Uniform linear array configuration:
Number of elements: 48
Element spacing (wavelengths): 0.5
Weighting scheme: binomial
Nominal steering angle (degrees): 0
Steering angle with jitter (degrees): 0.3195
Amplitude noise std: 0.05
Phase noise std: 0.05

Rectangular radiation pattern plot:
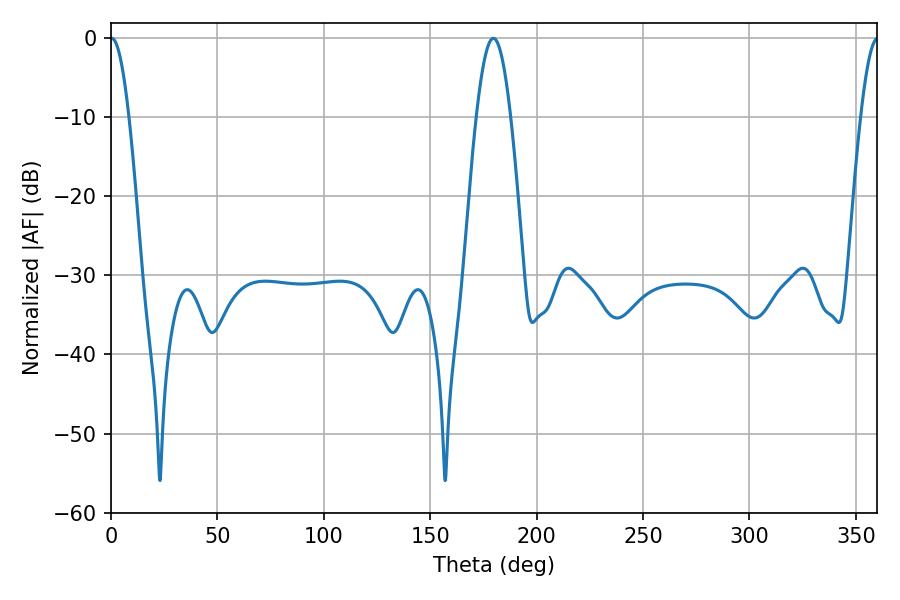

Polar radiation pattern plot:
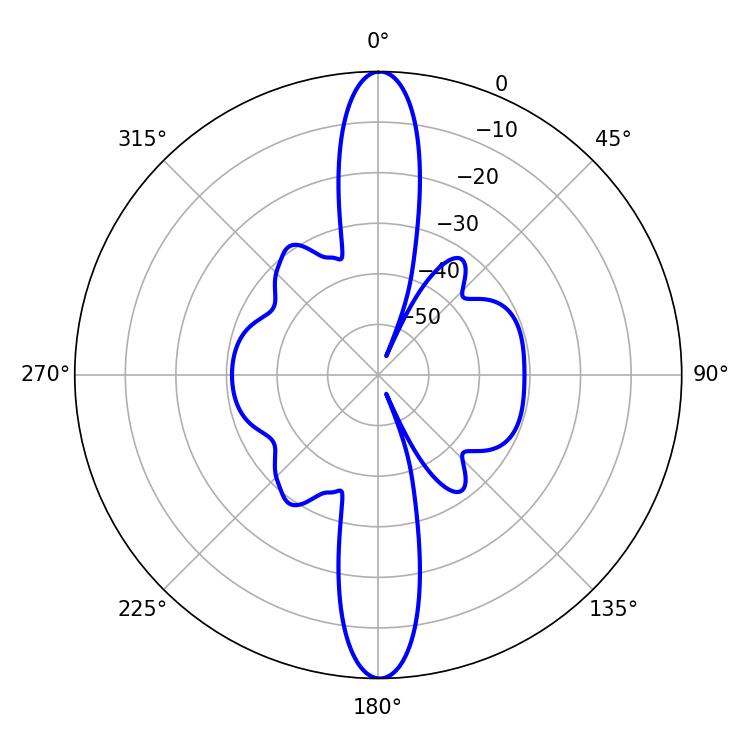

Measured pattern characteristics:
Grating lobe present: FALSE
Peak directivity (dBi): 30.608
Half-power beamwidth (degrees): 4.68
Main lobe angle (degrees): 0.36